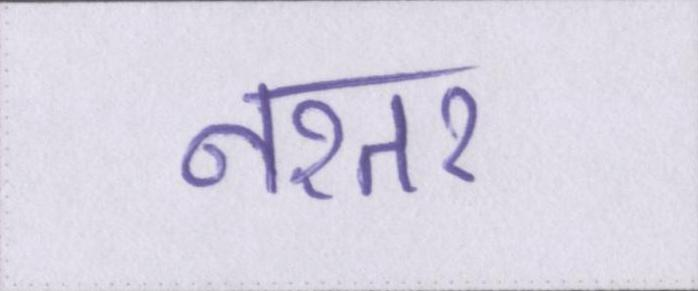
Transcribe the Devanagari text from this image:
नश्तर